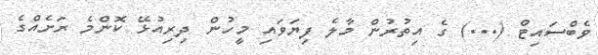
ވެބްސައިޓް (...) ގެ އިތުރުން މާލެ ފިޔަވައި މީހުން ދިރިއުޅޭ ކޮންމެ ރަށެއްގެ